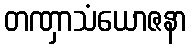
တဏှာသံယောဇနာ